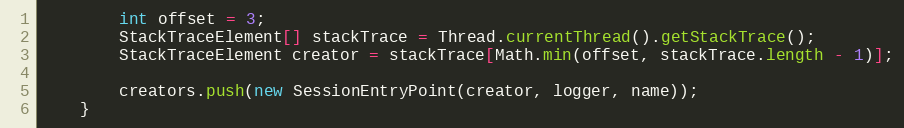
Language: Java
        int offset = 3;
        StackTraceElement[] stackTrace = Thread.currentThread().getStackTrace();
        StackTraceElement creator = stackTrace[Math.min(offset, stackTrace.length - 1)];

        creators.push(new SessionEntryPoint(creator, logger, name));
    }